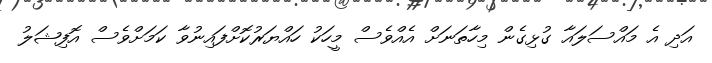
އަދި އެ މައްސަލައާ ގުޅިގެން މިހާތަނަށް އެއްވެސް މީހަކު ހައްޔަރުކޮށްފައިނުވާ ކަމަށްވެސް އޮފިޝަލު